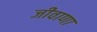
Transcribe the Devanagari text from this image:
जीवाणा